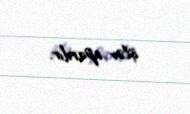
işlər aparılır.